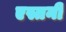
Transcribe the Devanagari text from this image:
एस्तनी